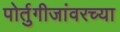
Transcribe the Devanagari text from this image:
पोर्तुगीजांवरच्या